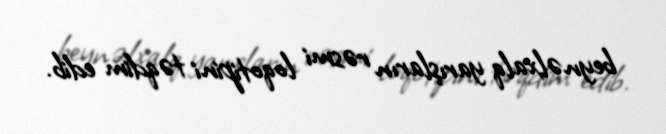
beynəlxalq yarışların rəsmi loqotipini təqdim edib.